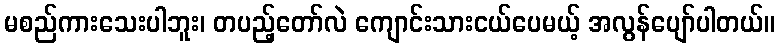
မစည်ကားသေးပါဘူး၊ တပည့်တော်လဲ ကျောင်းသားငယ်ပေမယ့် အလွန်ပျော်ပါတယ်။